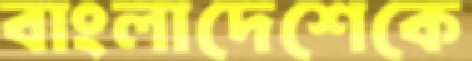
বাংলাদেশেকে